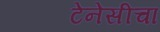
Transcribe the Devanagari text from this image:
टेनेसीचा